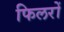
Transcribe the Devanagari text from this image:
फिलरों